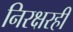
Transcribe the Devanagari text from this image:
निरक्षरही